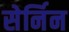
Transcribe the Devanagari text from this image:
सेर्निन